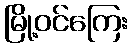
မြို့ဝင်ကြေး